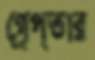
গ্রেপ্তার